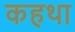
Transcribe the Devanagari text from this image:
कहथा